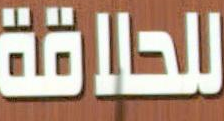
للحلاقة